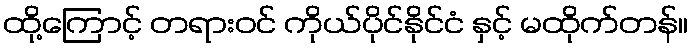
ထို့ကြောင့် တရားဝင် ကိုယ်ပိုင်နိုင်ငံ နှင့် မထိုက်တန်။